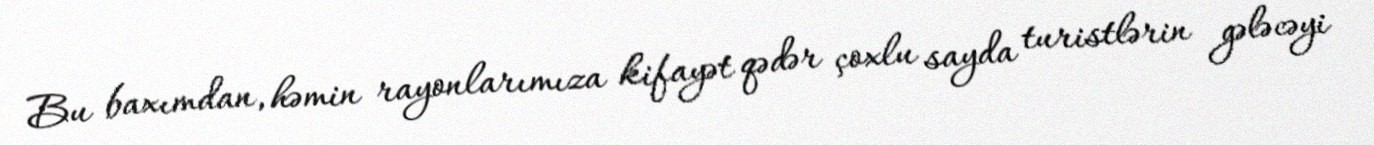
Bu baxımdan, həmin rayonlarımıza kifayət qədər çoxlu sayda turistlərin gələcəyi